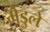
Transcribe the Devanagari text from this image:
मेंडुले